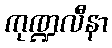
ကုဏ္ဍလီနာ